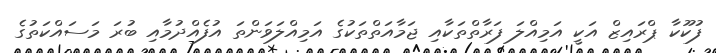
ފުކޫކާ ޕްރައިޒް އަކީ އަމިއްލަ ފަރާތްތަކާއި ޖަމާއަތްތަކުގެ އަމިއްލަވަންތަ އުފެއްދުމާއި ބުރަ މަސައްކަތުގެ